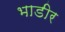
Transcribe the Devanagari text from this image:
भाडीर